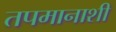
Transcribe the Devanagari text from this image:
तपमानाशी